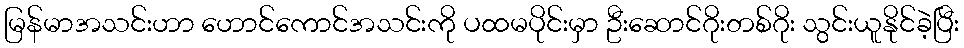
မြန်မာအသင်းဟာ ဟောင်ကောင်အသင်းကို ပထမပိုင်းမှာ ဦးဆောင်ဂိုးတစ်ဂိုး သွင်းယူနိုင်ခဲ့ပြီး